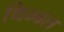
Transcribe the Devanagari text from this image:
थिम्बल